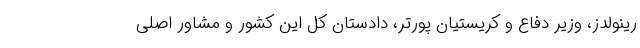
رینولدز، وزیر دفاع و کریستیان پورتر، دادستان کل این کشور و مشاور اصلی